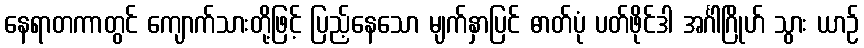
နေရာတကာတွင် ကျောက်သားတို့ဖြင့် ပြည့်နေသော မျက်နှာပြင် ဓာတ်ပုံ ပတ်ဖိုင်ဒါ အင်္ဂါဂြိုဟ် သွား ယာဉ်